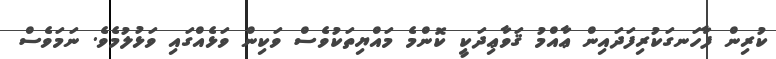
ކުރިން ފާހަނގަކުރިފަދައިން ޢާއްމު ޤަވާޢިދަކީ ކޮންމެ މައްޔިތަކުވެސް ވަކިން ވަޅެއްގައި ވަޅުލުމެވެ. ނަމަވެސް